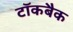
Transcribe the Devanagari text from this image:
टॉकबैक